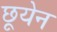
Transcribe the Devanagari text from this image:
छूयेन